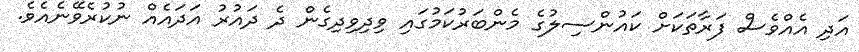
އަދި އެއްވެސް ފަރާތަކަށް ކައުންސިލުގެ މެންބަރުކަމުގައި ވިދިވިދިގެން ދެ ދައުރު އަދައެއް ނުކުރެވޭނެއެވެ.